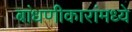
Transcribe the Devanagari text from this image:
बांधणीकारांमध्ये